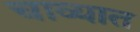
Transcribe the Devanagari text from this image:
चाव्यात